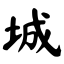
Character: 城